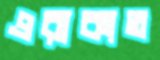
এরাকাত